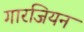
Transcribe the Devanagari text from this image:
गारजियन